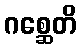
ဂစ္ဆေတိ